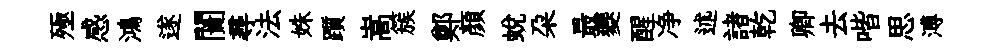
殛感鴻遂闠尋法姝躓嵩簇鄭顏蛻朶最夔醒净述諸乾卿去喈思溥